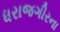
ધરાજગીરના